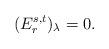
LaTeX: \begin{align*}(E_r^{s,t})_\lambda = 0.\end{align*}